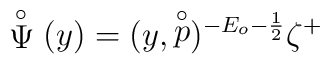
\stackrel{\circ }{\Psi }(y)=(y,\stackrel{\circ }{p})^{-E_o-\frac12}\zeta ^{+}